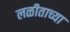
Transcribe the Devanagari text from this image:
लळीताच्या